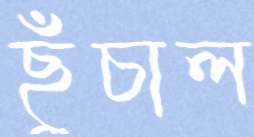
ছুঁচাল